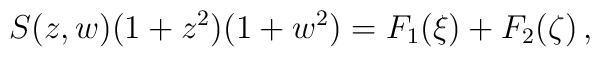
S(z,w)(1+z^2)(1+w^2)=F_1(\xi)+F_2(\zeta)\,,